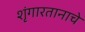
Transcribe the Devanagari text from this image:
शृंगारतानाचे